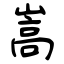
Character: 嵩